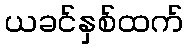
ယခင်နှစ်ထက်